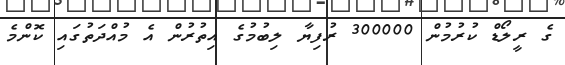
ގެ ރީލޯޑް ކުރުމުން 300000 ރުފިޔާ ލިބުމުގެ އިތުރުން އެ މުއްދަތުގައި ކޮންމެ